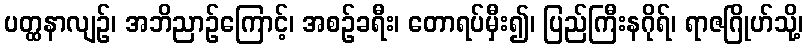
ပတ္ထနာလျဉ်၊ အဘိညာဉ်ကြောင့်၊ အစဉ်ခရီး၊ တောရပ်မှီး၍၊ ပြည်ကြီးနဂိုရ်၊ ရာဇဂြိုဟ်သို့၊